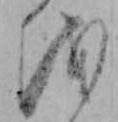
を